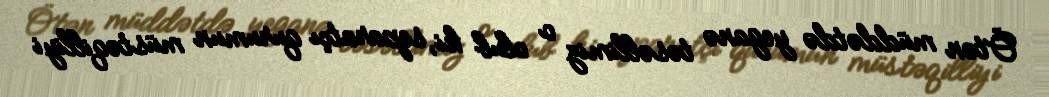
Ötən müddətdə yeganə təsəllimiz o olub ki, separatçı qurumun müstəqilliyi